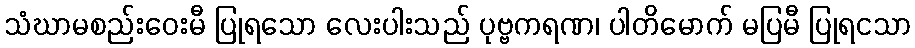
သံဃာမစည်းဝေးမီ ပြုရသော လေးပါးသည် ပုဗ္ဗကရဏ၊ ပါတိမောက် မပြမီ ပြုရငသာ